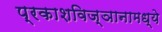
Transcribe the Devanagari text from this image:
प्रकाशविज्ञानामध्ये